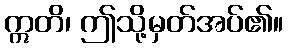
ဣတိ၊ ဤသို့မှတ်အပ်၏။